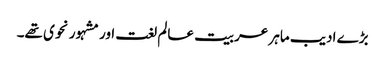
بڑے ادیب ماہر عربیت عالم لغت اور مشہور نحوی تھے۔